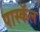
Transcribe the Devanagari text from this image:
पास्कॅल